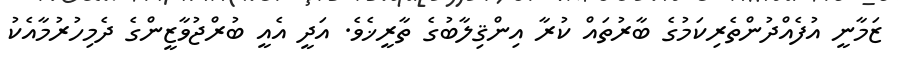
ޒަމާނީ އުފެއްދުންތެރިކަމުގެ ބާރުތައް ކުރާ އިންޤިލާބުގެ ތާރީޚެވެ. އަދީ އެއީ ބުރްޖުވާޒީންގެ ދެމިހުރުމާއެކު